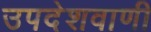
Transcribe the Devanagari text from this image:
उपदेशवाणी